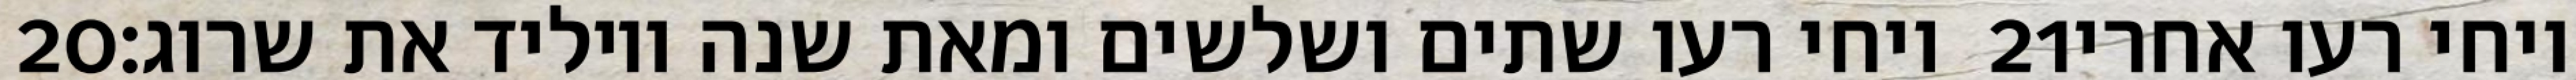
‎20‏ ויחי רעו שתים ושלשים ומאת שנה ויוליד את שרוג׃ ‎21‏ ויחי רעו אחרי